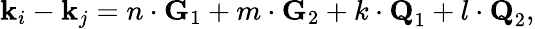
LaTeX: \textbf{k}_{i}-\textbf{k}_{j}=n\cdot\textbf{G}_{1}+m\cdot\textbf{G}_{2}+k\cdot\textbf{Q}_{1}+l\cdot\textbf{Q}_{2},